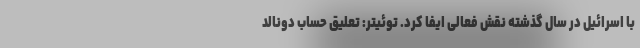
با اسرائیل در سال گذشته نقش فعالی ایفا کرد. توئیتر: تعلیق حساب دونالد